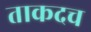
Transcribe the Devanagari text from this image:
ताकदच